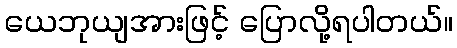
ယေဘုယျအားဖြင့် ပြောလို့ရပါတယ်။